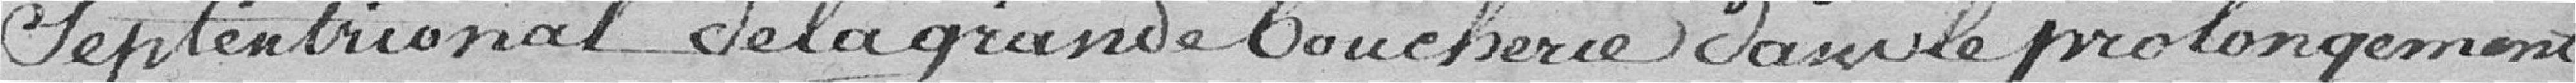
septentrional de la grande boucherie dans le prolongement